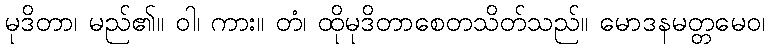
မုဒိတာ၊ မည်၏။ ဝါ၊ ကား။ တံ၊ ထိုမုဒိတာစေတသိတ်သည်။ မောဒနမတ္တမေဝ၊